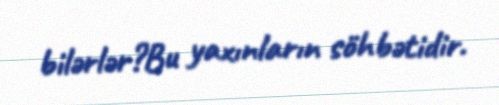
bilərlər?Bu yaxınların söhbətidir.